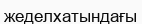
жеделхатындағы